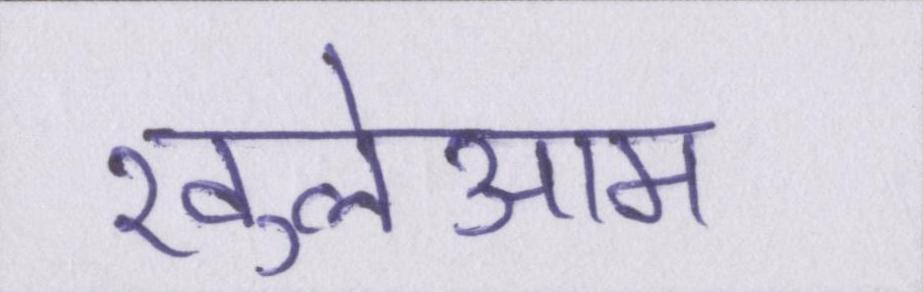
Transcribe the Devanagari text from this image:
खुलेआम